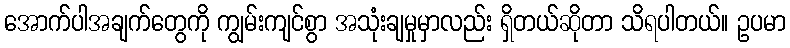
အောက်ပါအချက်တွေကို ကျွမ်းကျင်စွာ အသုံးချမှုမှာလည်း ရှိတယ်ဆိုတာ သိရပါတယ်။ ဥပမာ